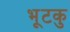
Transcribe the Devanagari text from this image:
भूटकु